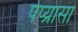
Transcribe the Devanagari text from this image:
पप्य्रासा